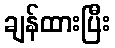
ချန်ထားပြီး